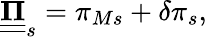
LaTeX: \underline{{\underline{{\mathbf{\Pi}}}}}_{s}=\pi_{Ms}+\delta\pi_{s},